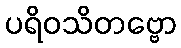
ပရိဝသိတဗ္ဗော